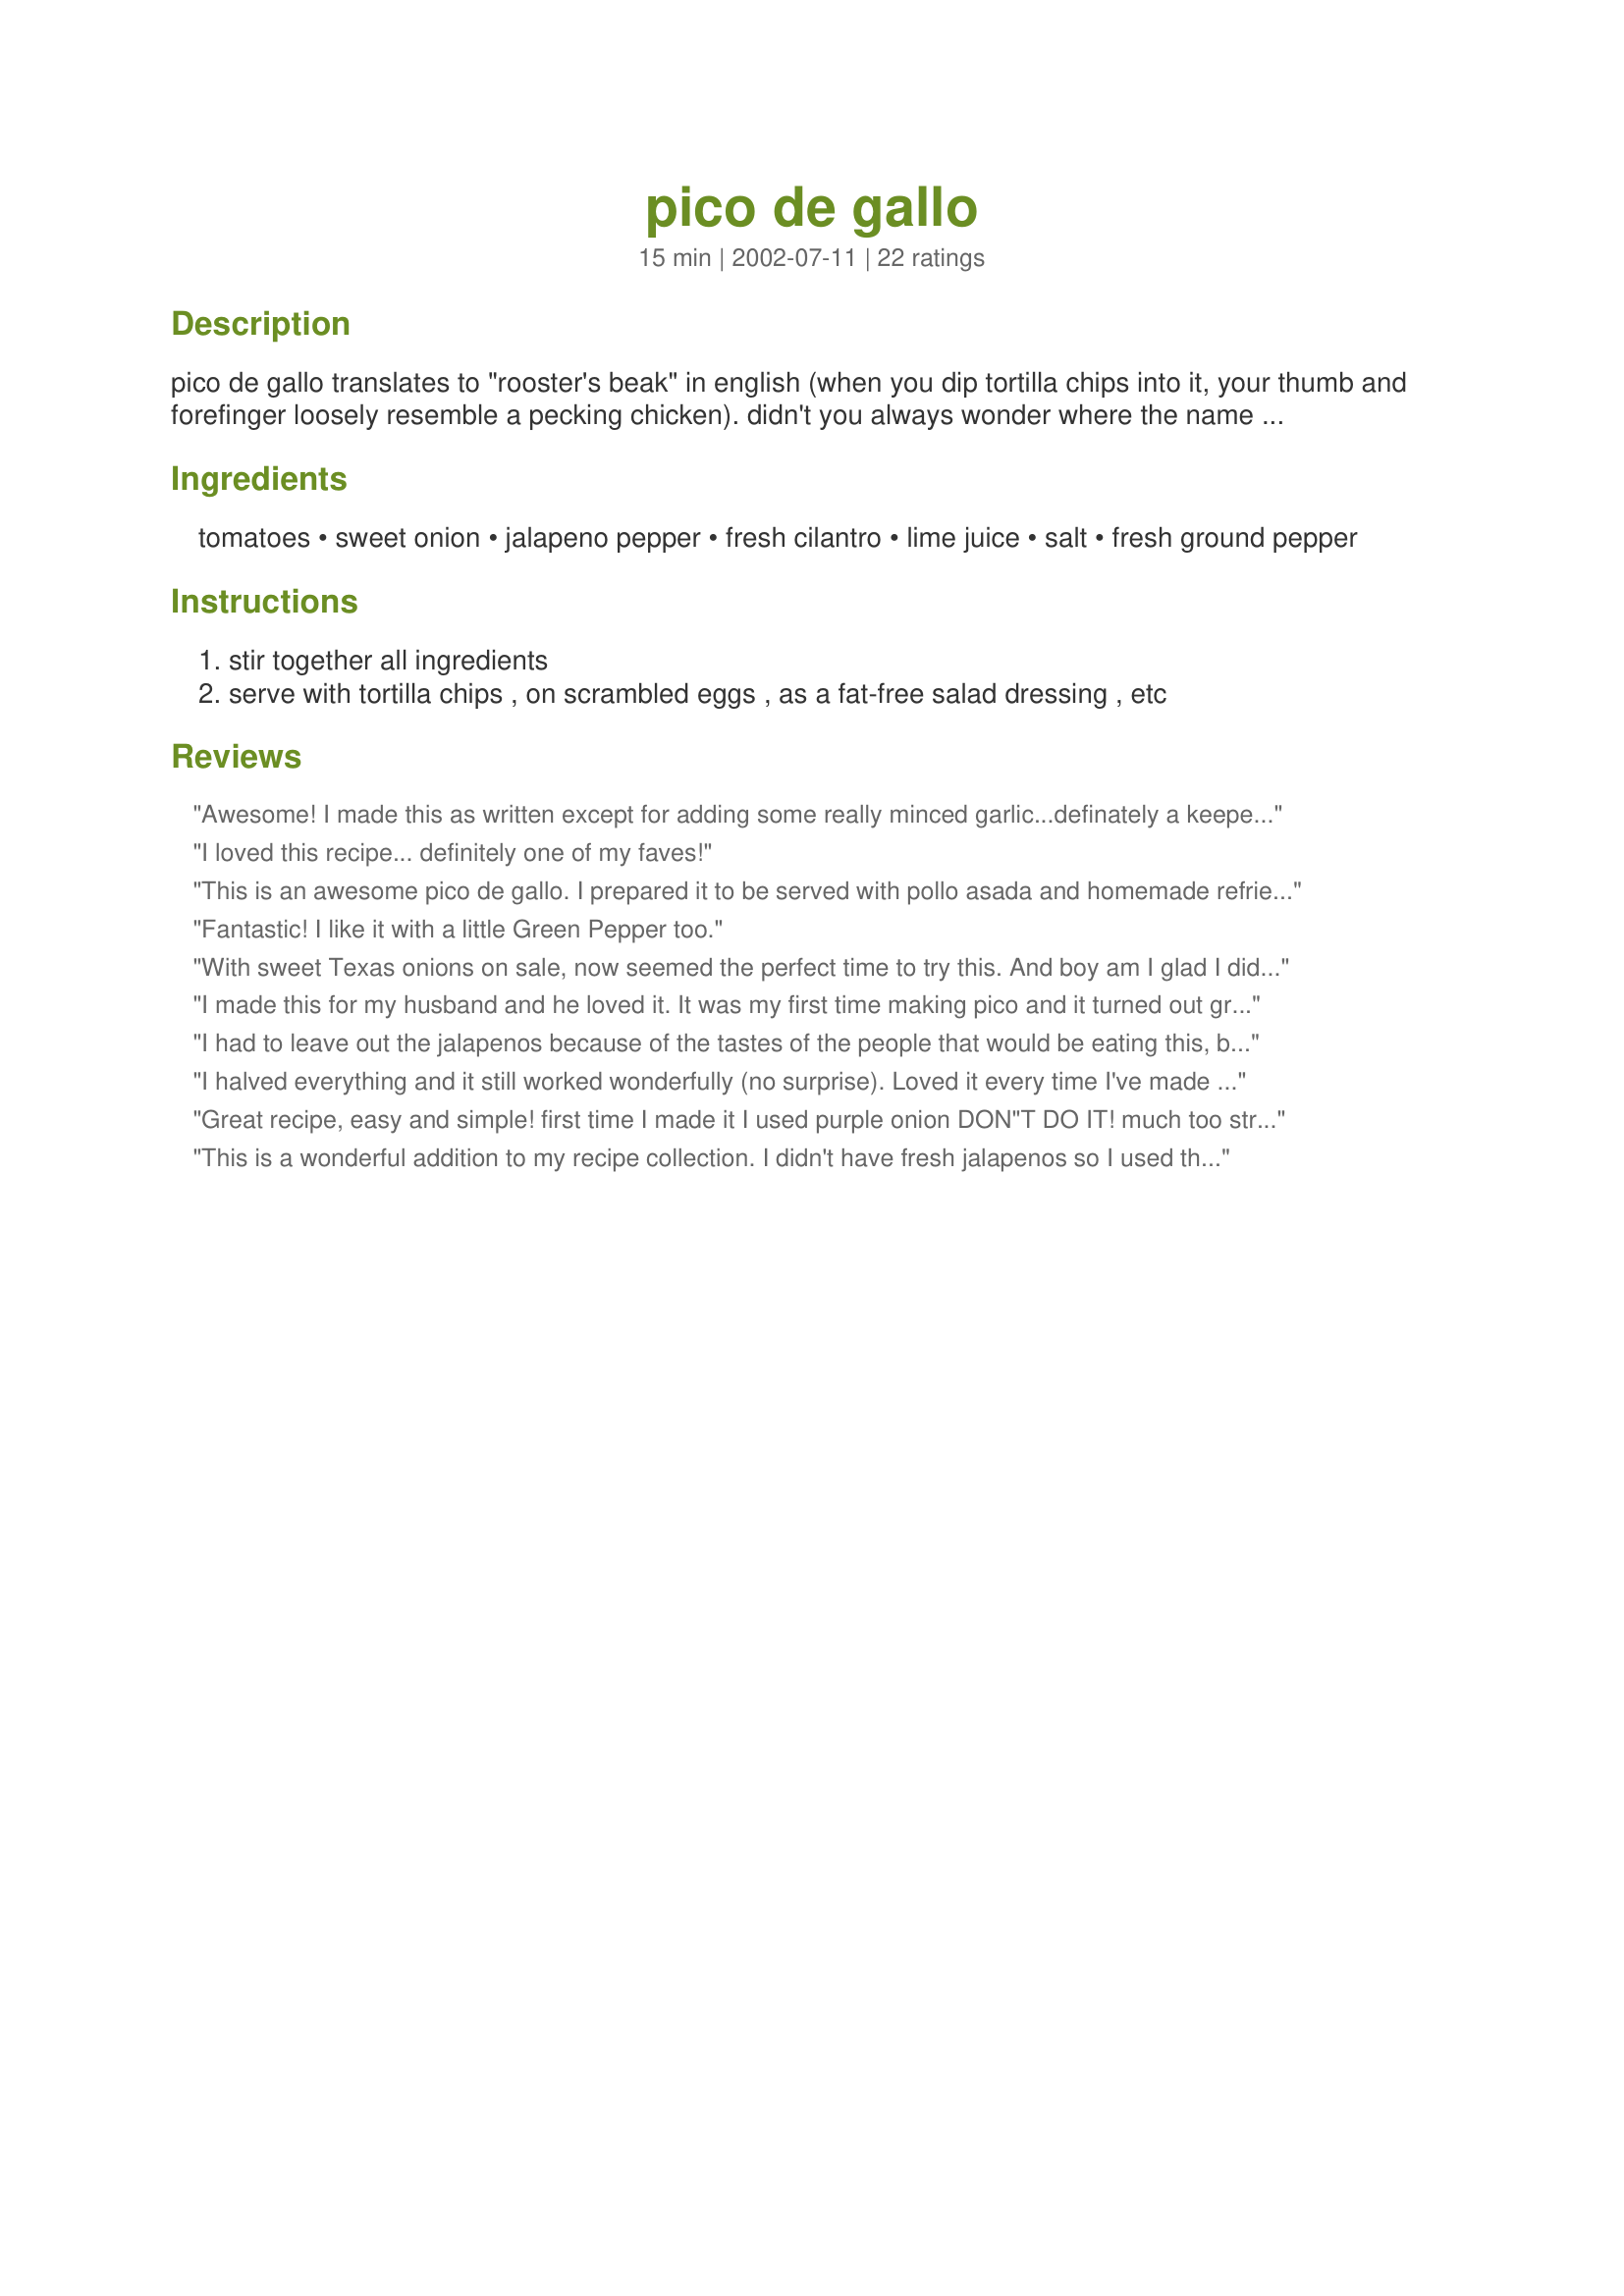
pico de gallo
Preparation time: 15 minutes

pico de gallo translates to "rooster's beak" in english (when you dip tortilla chips into it, your thumb and forefinger loosely resemble a pecking chicken). didn't you always wonder where the name came from?

Ingredients:
tomatoes, sweet onion, jalapeno pepper, fresh cilantro, lime juice, salt, fresh ground pepper

Steps:
stir together all ingredients
serve with tortilla chips , on scrambled eggs , as a fat-free salad dressing , etc

Reviews:
Awesome! I made this as written except for adding some really minced garlic...definately a keeper. Thank you. Made for Let's P-A-R-T-Y tag game 2010.
I loved this recipe... definitely one of my faves!
This is an awesome pico de gallo. I prepared it to be served with pollo asada and homemade refried bean and tortillas. I followed the directions exactly as written and used the 2 jalapenos and roma tomatoes. Thanks Sharlene for sharing. I'll be making this regularly.

10/8/07: There's not enough I can say to applaude this pico de gallo. I just made a batch to accompany tonight's chile verde. This time I used large salad tomatoes finely chopped and white onion. I also used one very large pickled jalapeno, seeded and chopped finely. This is just the bomb and so easy to make. A big thanks!!
Fantastic! I like it with a little Green Pepper too.
With sweet Texas onions on sale, now seemed the perfect time to try this. And boy am I glad I did. Very basic ingredients and very easy to put to together. I made this along side refried bean burritos and tortillia chips. A wonderfully fresh side. Only change was to use lemon juice instead of lime. Will be making this again.
I made this for my husband and he loved it. It was my first time making pico and it turned out great. I did use a red onion instead of the sweet. Will be making again!
I had to leave out the jalapenos because of the tastes of the people that would be eating this, but what a great, fresh dish! I actually quadrupled the recipe and took it to a birthday party untested. It was a smash hit!
I halved everything and it still worked wonderfully (no surprise). Loved it every time I've made it. Works best if you let it sit for a bit so the flavors can meld.
Great recipe, easy and simple! first time I made it I used purple onion DON"T DO IT! much too strong, but that was my fault:) Thanks for posting Sharlene~W
 This is a wonderful addition to my recipe collection. I didn't have fresh jalapenos so I used the pickled ones, it turned out great. I also added 1 tablespoon olive oil for flavor, but it wasn't necessary. I recipe is wonderful as is. Thanks, I'll be sharing it with friends and family.
Wonderful pico!!! This is perfectly seasoned and will definitely use this recipe again and again. !Muchas Gracias!
SIMPLY AWESOME!!! I made this to go with Carnitas (Authentic)Recipe #127058 and it was fabulous! The only thing I added was garlic (love that garlic LOL) I will be making this to go with the Carnitas recipe listed above a lot. Thanks sooooo much for sharing.
I've made this twice now and the flavor is PERFECT!!!
An excellent recipe for Pico de Gallo. This was made using fresh from the garden ingredients. Wonderful!
I left out the jalepeno pepper becuase i didn't want too much heat and used a green bell pepper instead. This turned out great! I served it with taco's for dinner last night and my boyfriend was very impressed. I made salads for lunch today and used it as a salad dressing/garnish. YUM! Thanks for the easy recipe, I will be using again!
Excellent! Very fresh tasting.
Delish!
Served with nachos and my husband was excited. Thanks, Justine
Update: My family is now getting mad when I buy store salsa. They only want your recipe. :)
I have been looking for a good salsa type recipe for my spanish husband... and then it occurred to me that he might not like salsa but be looking for more of a pico type dish. Needless to say, we tried this one and it was fantastic. I halved the recipe just in case he didn't like it, and I put a little less onion in it and it was still fantastic. The next time I make it, I will make it as is in the recipe and probably double it. I had no idea he would eat the whole bowl! It was great! Thanks!
Excellent pico! I have realized I do not like cooked salsa (the kind that comes in a jar). Fresh is the only way for me! This recipe is super-easy to make, and the flavors are great.
Served this with tacos and Spanish rice. This 1 gets 5 stars for flavor and ease. Tastes just like the pico we were served in Mexico, just a little milder. I used a serrano pepper (jalapeno too hot for me) and added a dash of garlic and cumin powder. It was so quick to whip this together. Perfection!
Wow!! This is the best fresh salsa I have ever tasted. Used fresh tomatoes, onions, and jalapenos from my garden...will make a lot more of this.
I liked this recipe but i used habaneros instead of the jalapenos that this recipe called for, all in all it was a great recipe. My lips are still burning.
